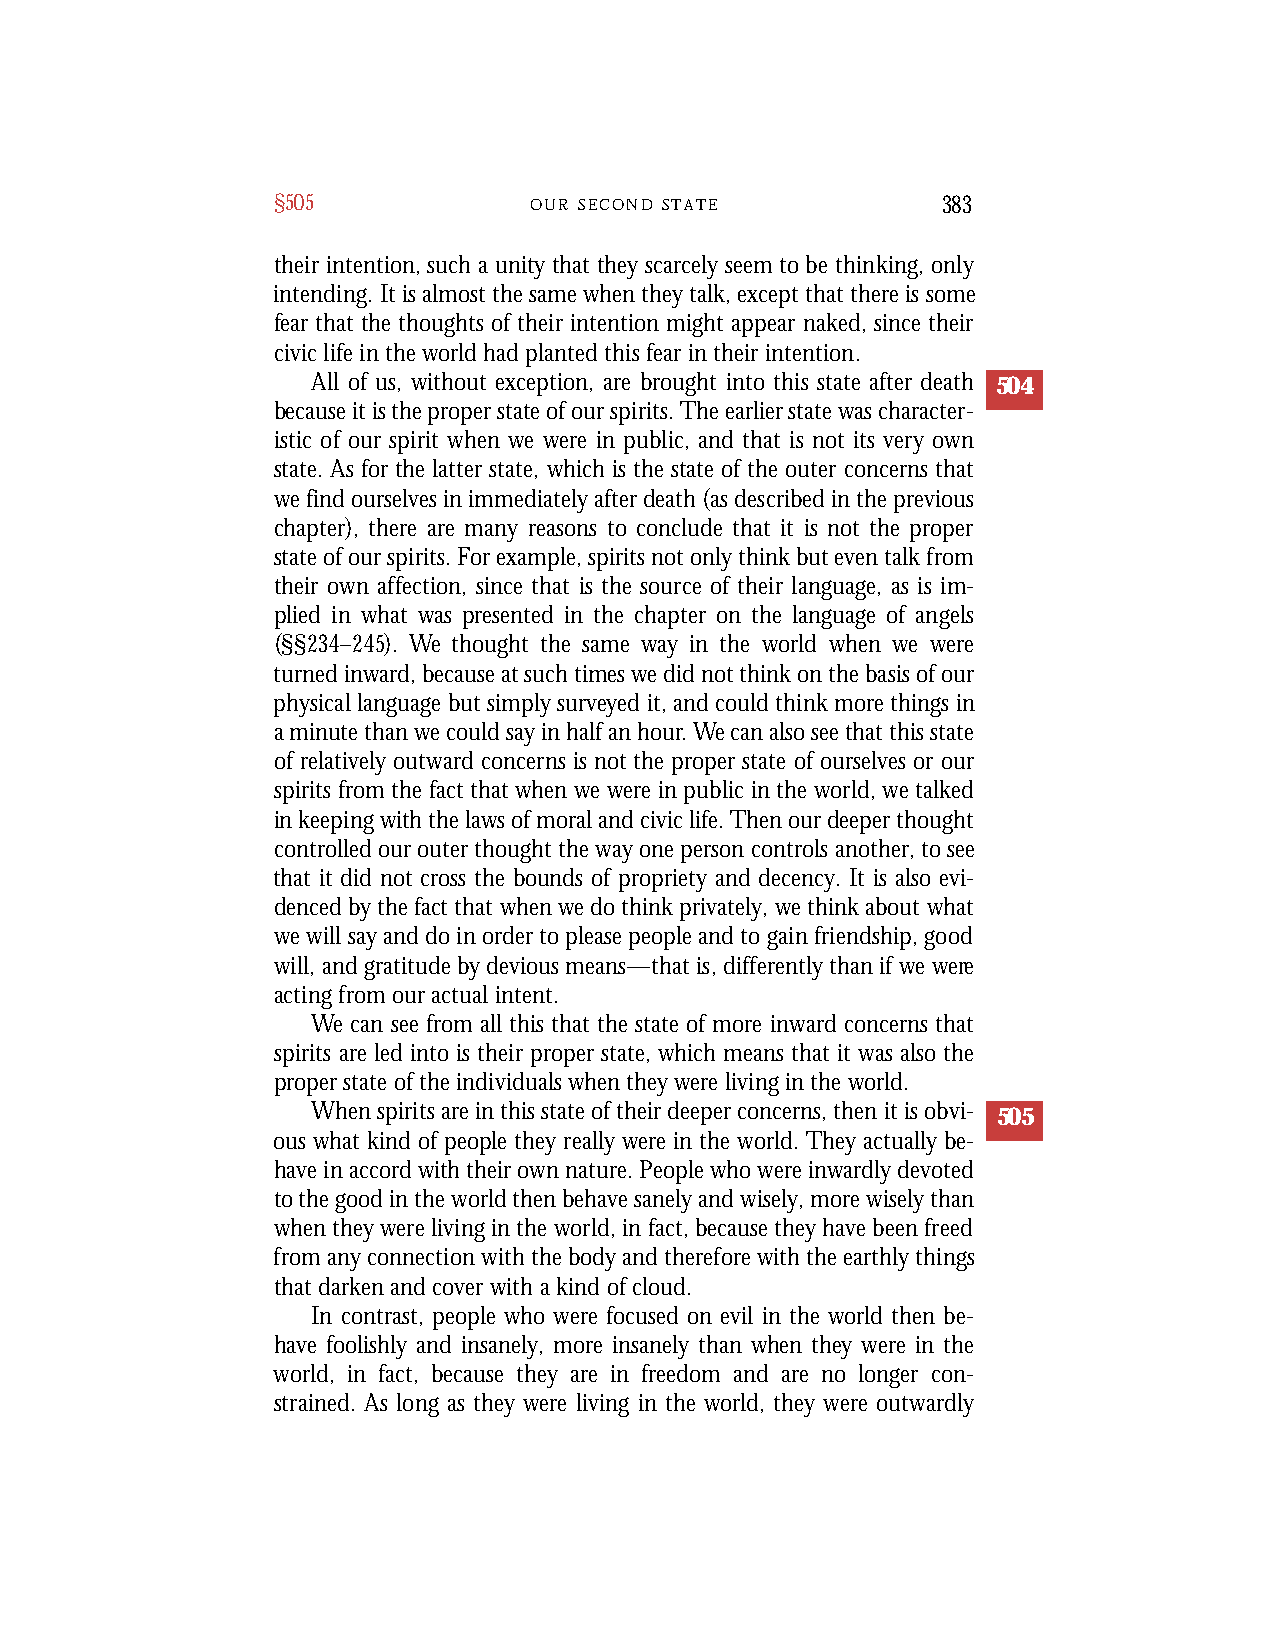
§505             O U R S E C O N D S T A T E 383
 their intention, such a unity that they scarcely seem to be thinking, only
 intending. It is almost the same when they talk, except that there is some
 fear that the thoughts of their intention might appear naked, since their
 civic life in the world had planted this fear in their intention.
 All of us, without exception, are brought into this state after death 504
 because it is the proper state of our spirits. The earlier state was character-
 istic of our spirit when we were in public, and that is not its very own
 state. As for the latter state, which is the state of the outer concerns that
 we find ourselves in immediately after death (as described in the previous
 chapter), there are many reasons to conclude that it is not the proper
 state of our spirits. For example, spirits not only think but even talk from
 their own affection, since that is the source of their language, as is im-
 plied in what was presented in the chapter on the language of angels
 (§§234–245). We thought the same way in the world when we were
 turned inward, because at such times we did not think on the basis of our
 physical language but simply surveyed it, and could think more things in
 a minute than we could say in half an hour.We can also see that this state
 of relatively outward concerns is not the proper state of ourselves or our
 spirits from the fact that when we were in public in the world, we talked
 in keeping with the laws of moral and civic life. Then our deeper thought
 controlled our outer thought the way one person controls another, to see
 that it did not cross the bounds of propriety and decency. It is also evi-
 denced by the fact that when we do think privately, we think about what
 we will say and do in order to please people and to gain friendship, good
 will, and gratitude by devious means—that is, differently than if we were
 acting from our actual intent.
 We can see from all this that the state of more inward concerns that
 spirits are led into is their proper state, which means that it was also the
 proper state of the individuals when they were living in the world.
 When spirits are in this state of their deeper concerns, then it is obvi- 505
 ous what kind of people they really were in the world. They actually be-
 have in accord with their own nature. People who were inwardly devoted
 to the good in the world then behave sanely and wisely, more wisely than
 when they were living in the world, in fact, because they have been freed
 from any connection with the body and therefore with the earthly things
 that darken and cover with a kind of cloud.
 In contrast, people who were focused on evil in the world then be-
 have foolishly and insanely, more insanely than when they were in the
 world, in fact, because they are in freedom and are no longer con-
 strained. As long as they were living in the world, they were outwardly